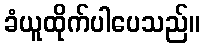
ခံယူထိုက်ပါပေသည်။